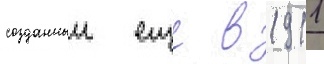
созданныи еще в 1911